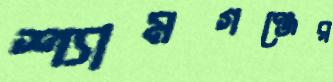
শ্যামগঞ্জের